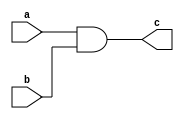
module factorial_and(input wire a,b, output c);

assign c = a&b;

endmodule